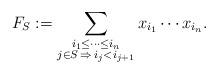
LaTeX: \begin{align*}F_S := \sum_{\substack{i_1 \leq \cdots \leq i_n \\ j \in S \, \Rightarrow \, i_j < i_{j+1}}} x_{i_1} \cdots x_{i_n}.\end{align*}